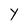
Character: Y